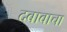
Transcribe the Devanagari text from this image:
दबावाचा